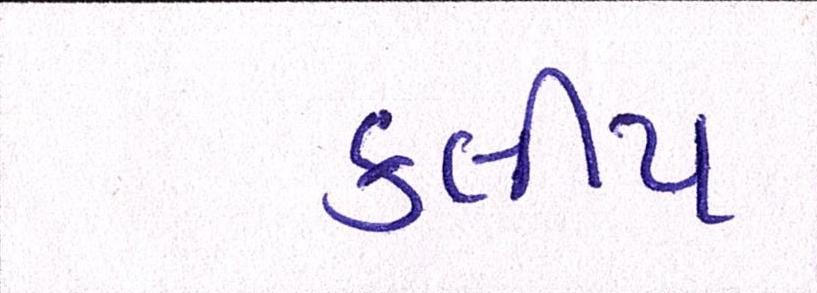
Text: કલીપ